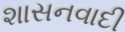
શાસનવાદી